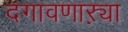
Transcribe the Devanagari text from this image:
दगावणाऱ्या